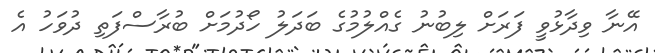
އޭނާ ވިދާޅުވީ ފަރަށް ލިބުނު ގެއްލުމުގެ ބަދަލު ހޯދުމަށް ބުރާސްފަތި ދުވަހު އެ